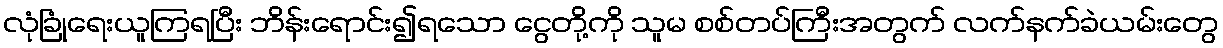
လုံခြုံရေးယူကြရပြီး ဘိန်းရောင်း၍ရသော ငွေတို့ကို သူမ စစ်တပ်ကြီးအတွက် လက်နက်ခဲယမ်းတွေ